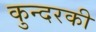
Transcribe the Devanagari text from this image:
कुन्‍दरकी